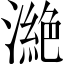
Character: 𣾵